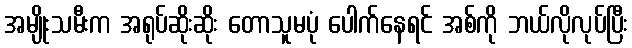
အမျိုးသမီးက အရုပ်ဆိုးဆိုး တောသူမပုံ ပေါက်နေရင် အစ်ကို ဘယ်လိုလုပ်ပြီး